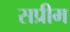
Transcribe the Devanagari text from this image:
सप्रीम